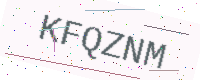
Text: KFQZNM